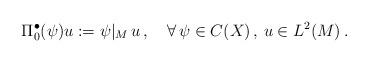
LaTeX: \begin{align*}\Pi_0^\bullet(\psi)u:=\psi|_M\,u\,,\quad\forall \,\psi\in C(X)\,,\,u\in L^2(M)\,.\end{align*}